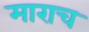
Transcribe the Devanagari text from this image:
माराच